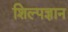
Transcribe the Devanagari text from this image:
शिल्पज्ञान